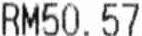
RM50.57